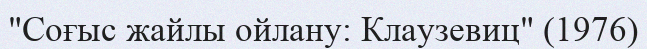
"Соғыс жайлы ойлану: Клаузевиц" (1976)